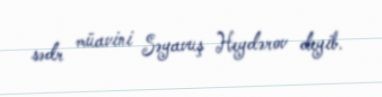
sədr müavini Səyavuş Heydərov deyib.